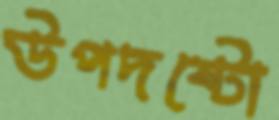
উপদষ্টো